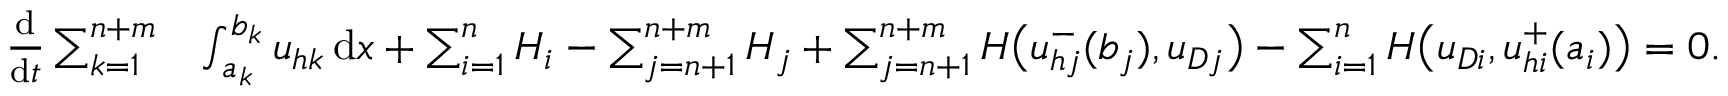
\begin{array} { r l } { \frac { \mathrm { d } } { \mathrm { d } t } \sum _ { k = 1 } ^ { n + m } } & { \int _ { a _ { k } } ^ { b _ { k } } { u } _ { h k } \, \mathrm { d } x + \sum _ { i = 1 } ^ { n } H _ { i } - \sum _ { j = n + 1 } ^ { n + m } H _ { j } + \sum _ { j = n + 1 } ^ { n + m } H \big ( { u } _ { h j } ^ { - } ( b _ { j } ) , { u } _ { D j } \big ) - \sum _ { i = 1 } ^ { n } H \big ( { u } _ { D i } , { u } _ { h i } ^ { + } ( a _ { i } ) \big ) = 0 . } \end{array}